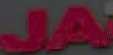
JA